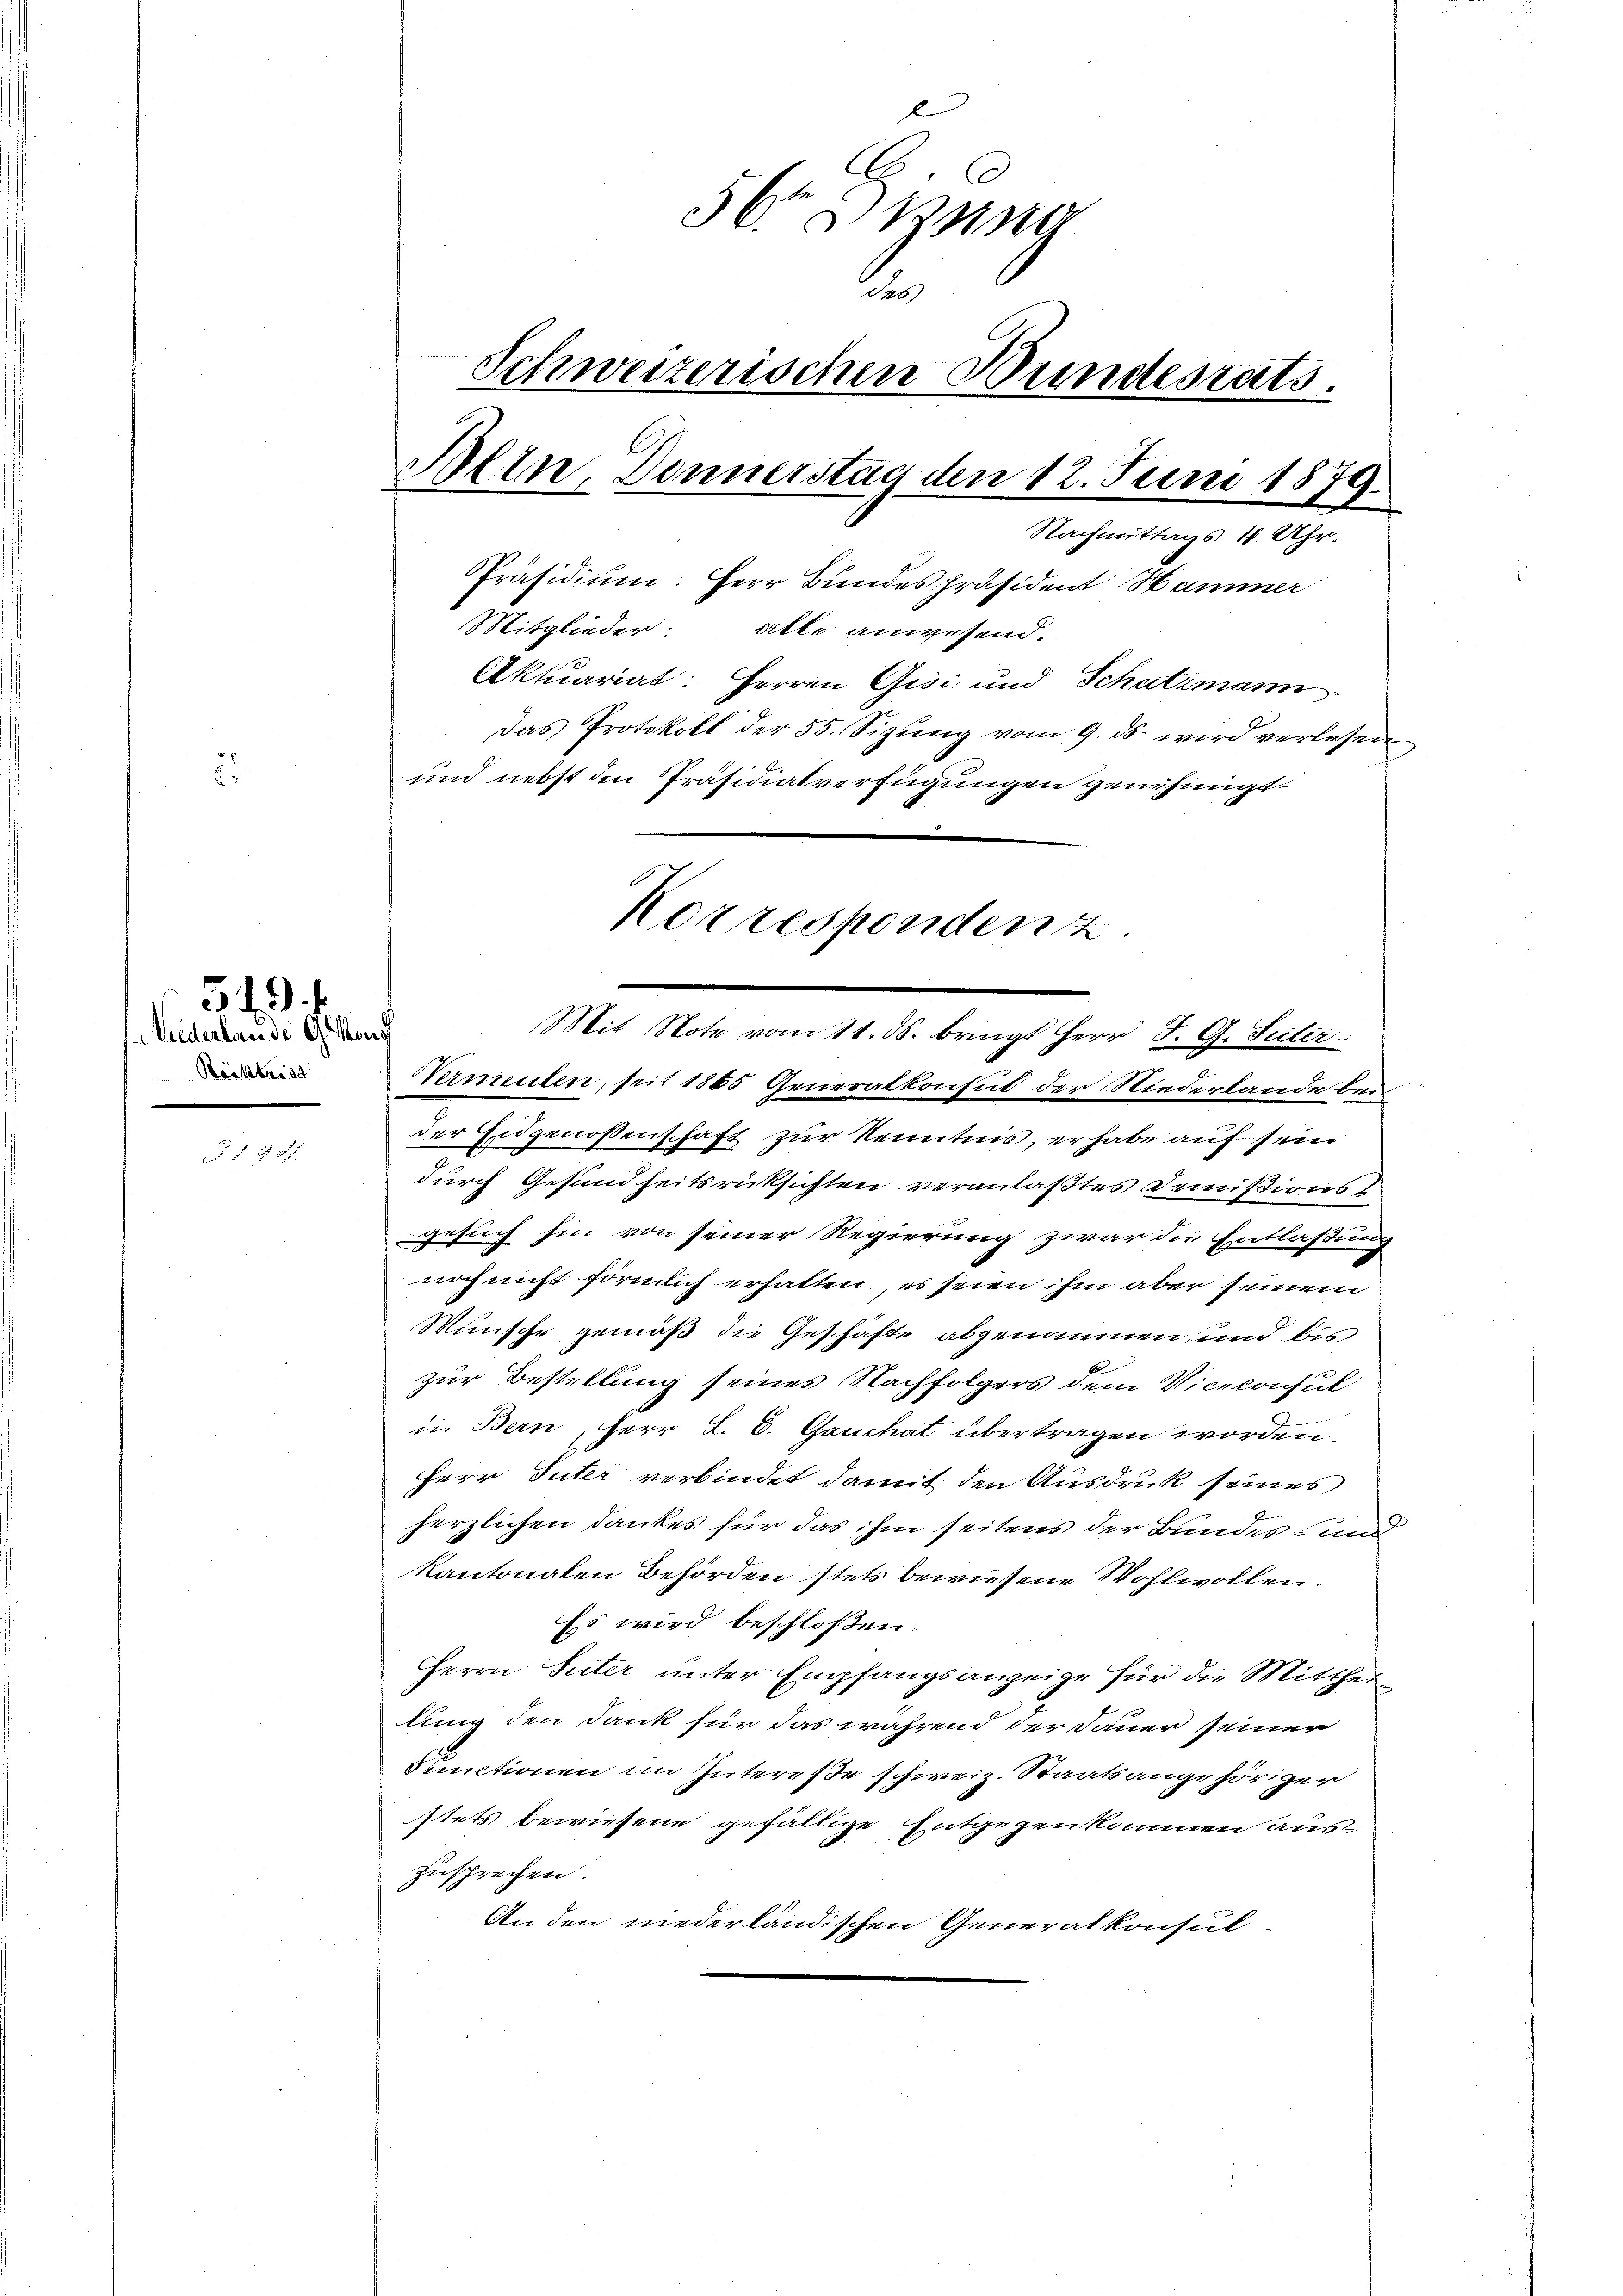
Röcktrist

549
Miederlande Gesand

§ 18 d

C
56 un
2.
Schweizerischen Bundesrats.
Wein, Donnerstag den 12. Juni 1879.
Nachmittags 4 Uhr.
Präsidium: Herr Bundespräsident Hammer
Mitglieder: alle anwesend.
Aktuariat: Herren Gisi und Schatzmann
Das Protokoll der 55. Sizŭng vom 9. ds. wird verlesen
und nebst den Präsidialverfügungen genehmigt.

Mit Note vom 11. ds. bringt Herr J. G. Suter

Nermenten, seit 1865 Generalkonsul der Niederlande bei
der Eidgenossenschaft zur Kenntnis, er habe auf sein
durch Gesundheitsrücksichten veranlaßtes Demissionst
gesuch hin von seiner Regierung zwar die Entlaßung
noch nicht förmlich erhalten, es seien ihm aber seinem
Münsche gemäß die Geschäfte abgenommen, und bis
zur Bestellung seines Nachfolgers dem Viceconsul
e
in Bern, Herr L. E. Gauchat übertragen worden.
Herr Suter verbindet damit den Ausdruck seines
J
herzlichen Dankes für das ihm seitens der Bundes- und
kantonalen Behörden stets bewiesene Wohlwollen.
Es wird beschloßen:
Herrn Suter unter Empfangsanzeige für die Mitthei
lung den Dank für das während der Dauer seiner
Fenutionen im Interesse schweiz. Staatsangehöriger
stets bewiesene gefällige Entgegenkommen auszusprechen.
Anden niederländischen Generalkonsul-

Korrespondenz